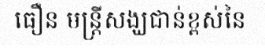
ធឿន មន្ត្រីសង្ឃជាន់ខ្ពស់នៃ